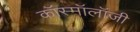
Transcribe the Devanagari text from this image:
कॉस्मॉलॉजी